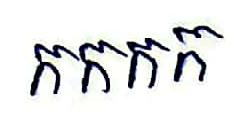
កកកក